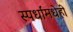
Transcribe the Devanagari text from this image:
स्पर्धांमधेही